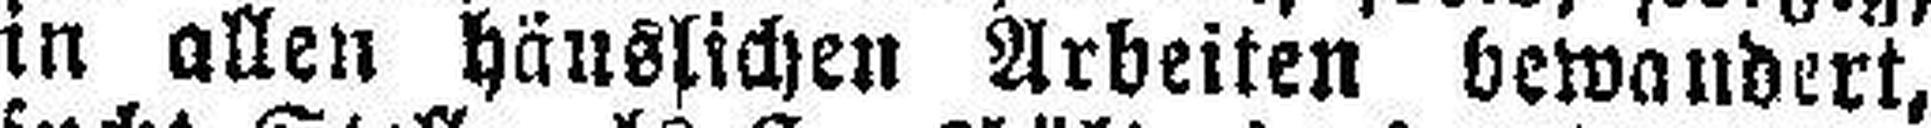
in allen häuslichen Arbeiten bewandert,